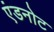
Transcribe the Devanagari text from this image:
एंडनोट